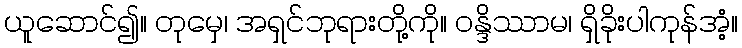
ယူဆောင်၍။ တုမှေ၊ အရှင်ဘုရားတို့ကို။ ဝန္ဒိဿာမ၊ ရှိခိုးပါကုန်အံ့။